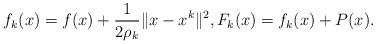
LaTeX: \begin{align*}f_k(x) = f(x)+\frac{1}{2\rho_k}\|x-x^k\|^2, F_k(x) = f_k(x)+P(x). \end{align*}